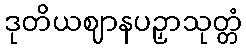
ဒုတိယဈာနပဉှာသုတ္တံ